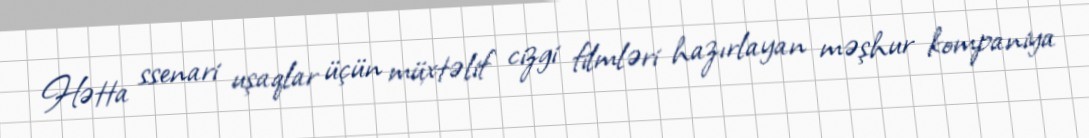
Hətta ssenari uşaqlar üçün müxtəlif cizgi filmləri hazırlayan məşhur kompaniya